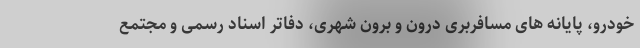
خودرو، پایانه های مسافربری درون و برون شهری، دفاتر اسناد رسمی و مجتمع